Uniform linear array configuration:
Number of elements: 24
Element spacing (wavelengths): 0.75
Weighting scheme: binomial
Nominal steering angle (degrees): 45
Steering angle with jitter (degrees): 44.474
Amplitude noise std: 0.05
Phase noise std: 0.05

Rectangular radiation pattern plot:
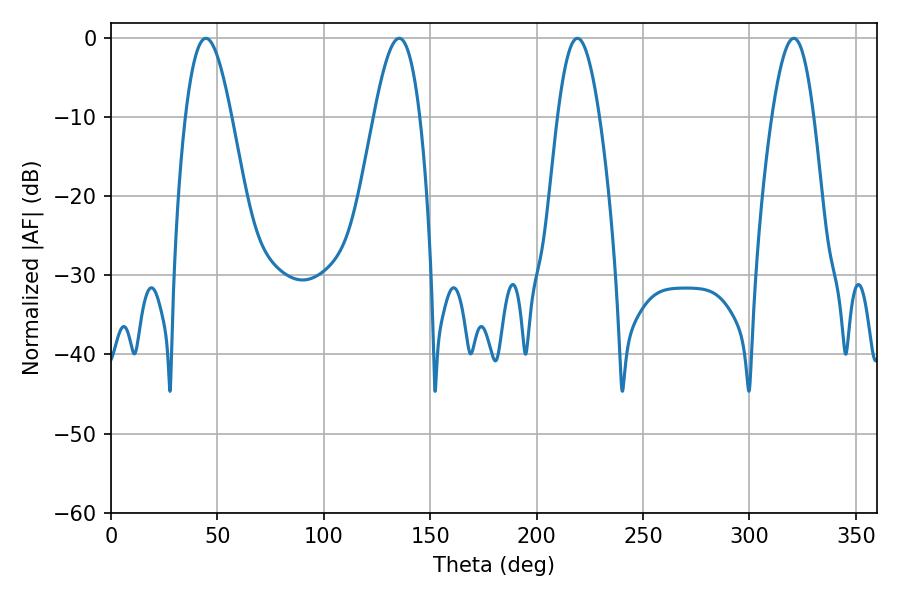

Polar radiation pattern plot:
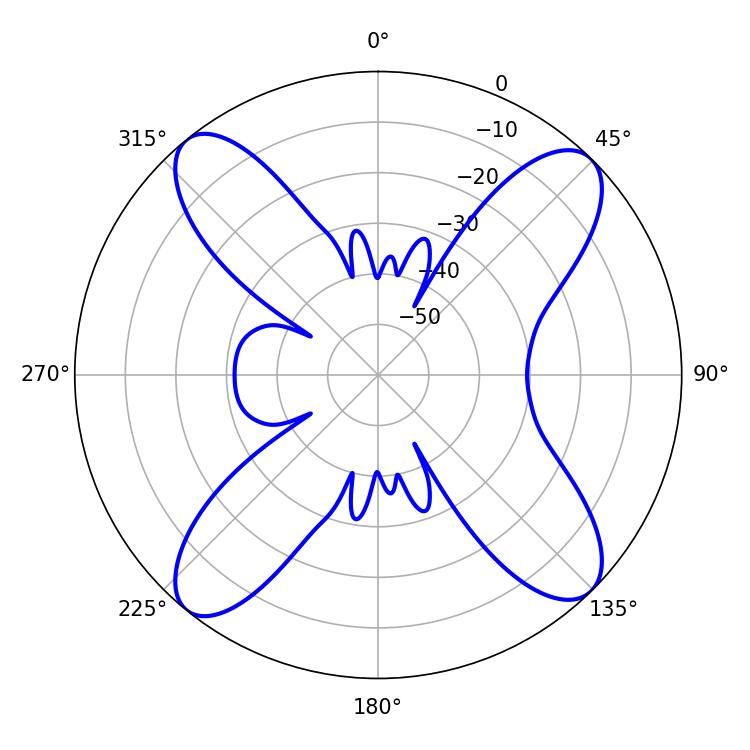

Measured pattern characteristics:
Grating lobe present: TRUE
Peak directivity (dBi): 15.203
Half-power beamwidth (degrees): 11.7
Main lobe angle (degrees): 44.64